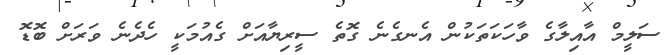
ސަލީމް އާއިލާގެ ވާހަކަތަކުން އެނގެނެ ގޮތެ ސީރިޔާއަށް ގެއުމަކީ ހެދެނެ ވަރަށް ބޮޑޮ